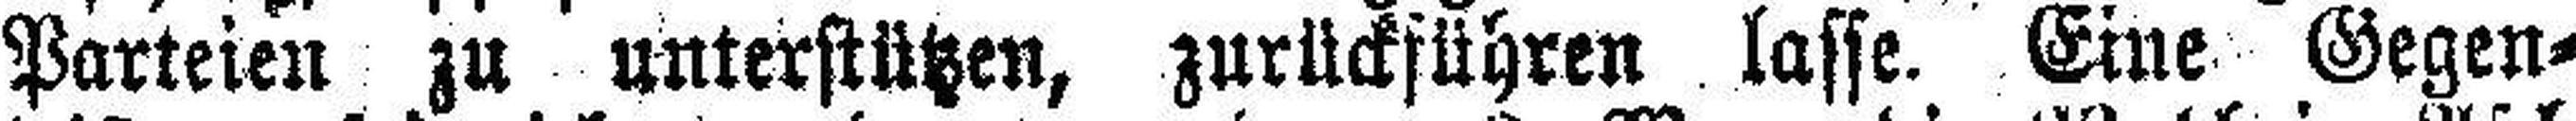
Parteien zu unterstützen, zurückführen lasse Eine Gegen¬